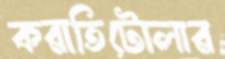
করাতিটোলার